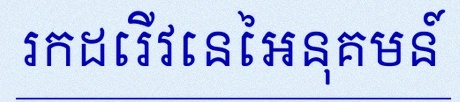
រកដេរីវេនៃអនុគមន៍